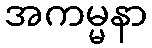
အကမ္မနာ